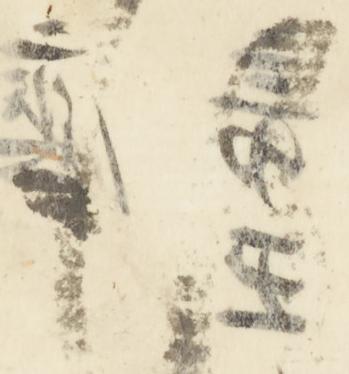
謹